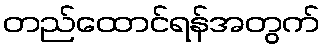
တည်ထောင်ရန်အတွက်